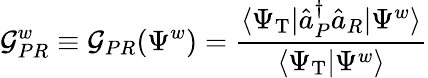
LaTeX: \mathcal G_{PR}^{w}\equiv\mathcal G_{PR}(\Psi^{w})=\frac{\langle\Psi_{\mathrm{T}}|\hat{a}_{P}^{\dagger}\hat{a}_{R}|\Psi^{w}\rangle}{\langle\Psi_{\mathrm{T}}|\Psi^{w}\rangle}